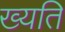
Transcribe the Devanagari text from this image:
ख्यति